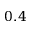
0 . 4